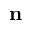
\mathbf { n }